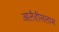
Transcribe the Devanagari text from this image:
आलैहीसलाम